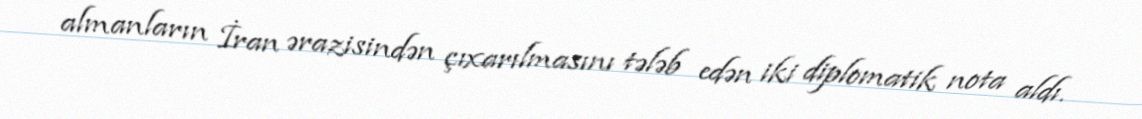
almanların İran ərazisindən çıxarılmasını tələb edən iki diplomatik nota aldı.